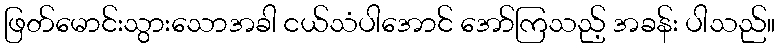
ဖြတ်မောင်းသွားသောအခါ ငယ်သံပါအောင် အော်ကြသည့် အခန်း ပါသည်။